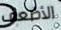
الأضعف